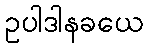
ဥပါဒါနခယေ